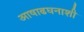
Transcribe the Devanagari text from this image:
आषाढघनाशी